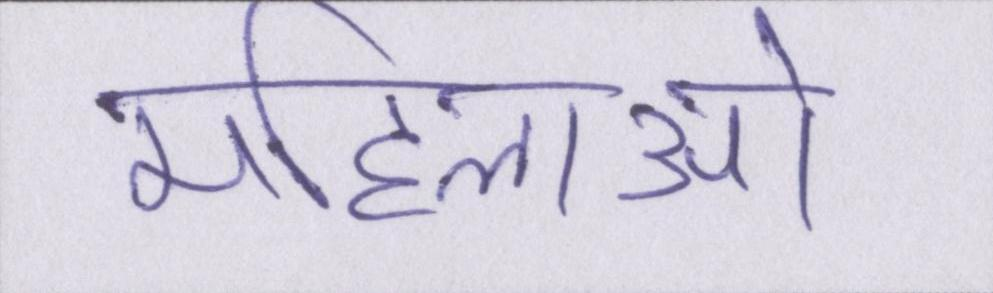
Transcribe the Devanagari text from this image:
महिलाओ